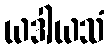
ယဒါယသံ